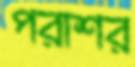
পরাশর